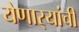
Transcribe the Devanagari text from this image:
येणार्‍यांची